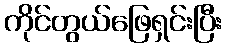
ကိုင်တွယ်ဖြေရှင်းပြီး